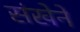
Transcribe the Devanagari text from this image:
संखेने